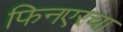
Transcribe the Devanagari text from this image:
फिनएरचा